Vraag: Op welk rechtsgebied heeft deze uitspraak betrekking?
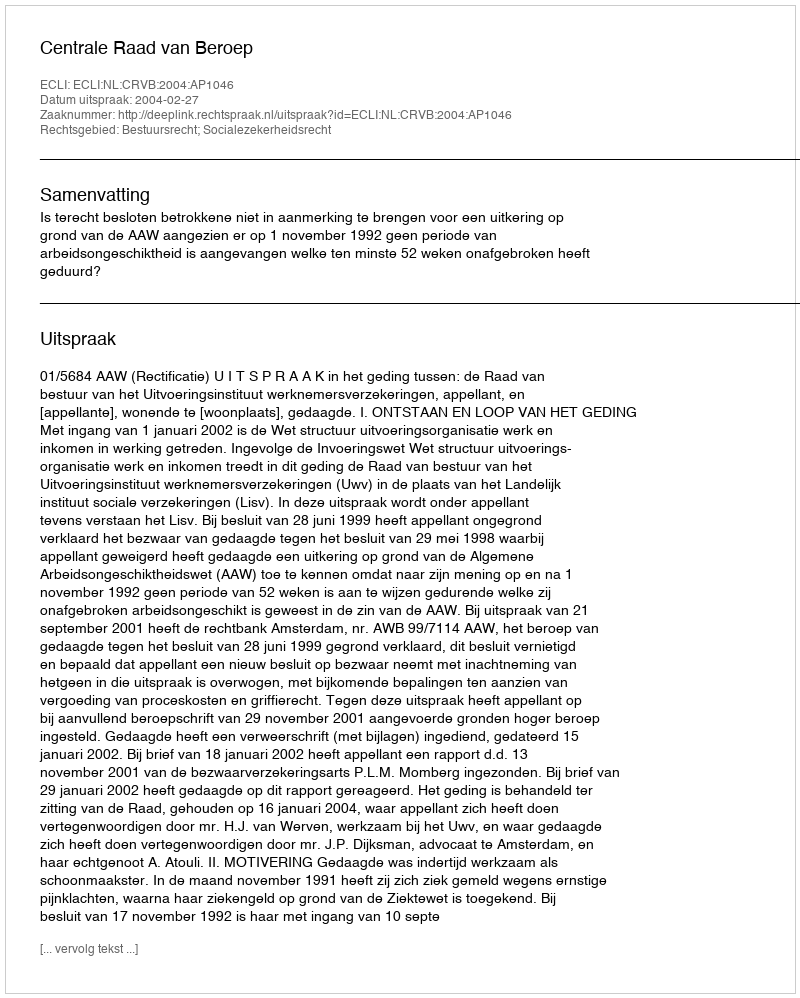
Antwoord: Bestuursrecht; Socialezekerheidsrecht